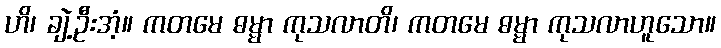
ဟိ၊ ချဲ့ဦးအံ့။ ကတမေ ဓမ္မာ ကုသလာတိ၊ ကတမေ ဓမ္မာ ကုသလာဟူသော။